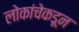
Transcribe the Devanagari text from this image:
लोकांचेकडून